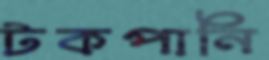
টকপানি